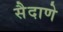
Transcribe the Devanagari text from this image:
सैदाणे